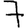
Digit: 7